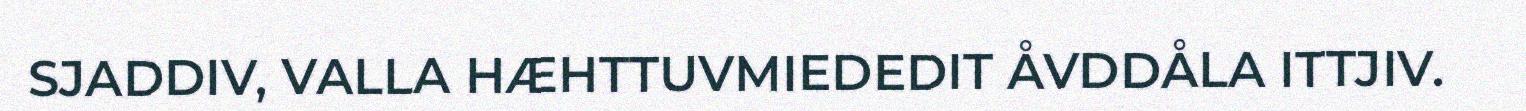
SJADDIV, VALLA HÆHTTUVMIEDEDIT ÅVDDÅLA ITTJIV.